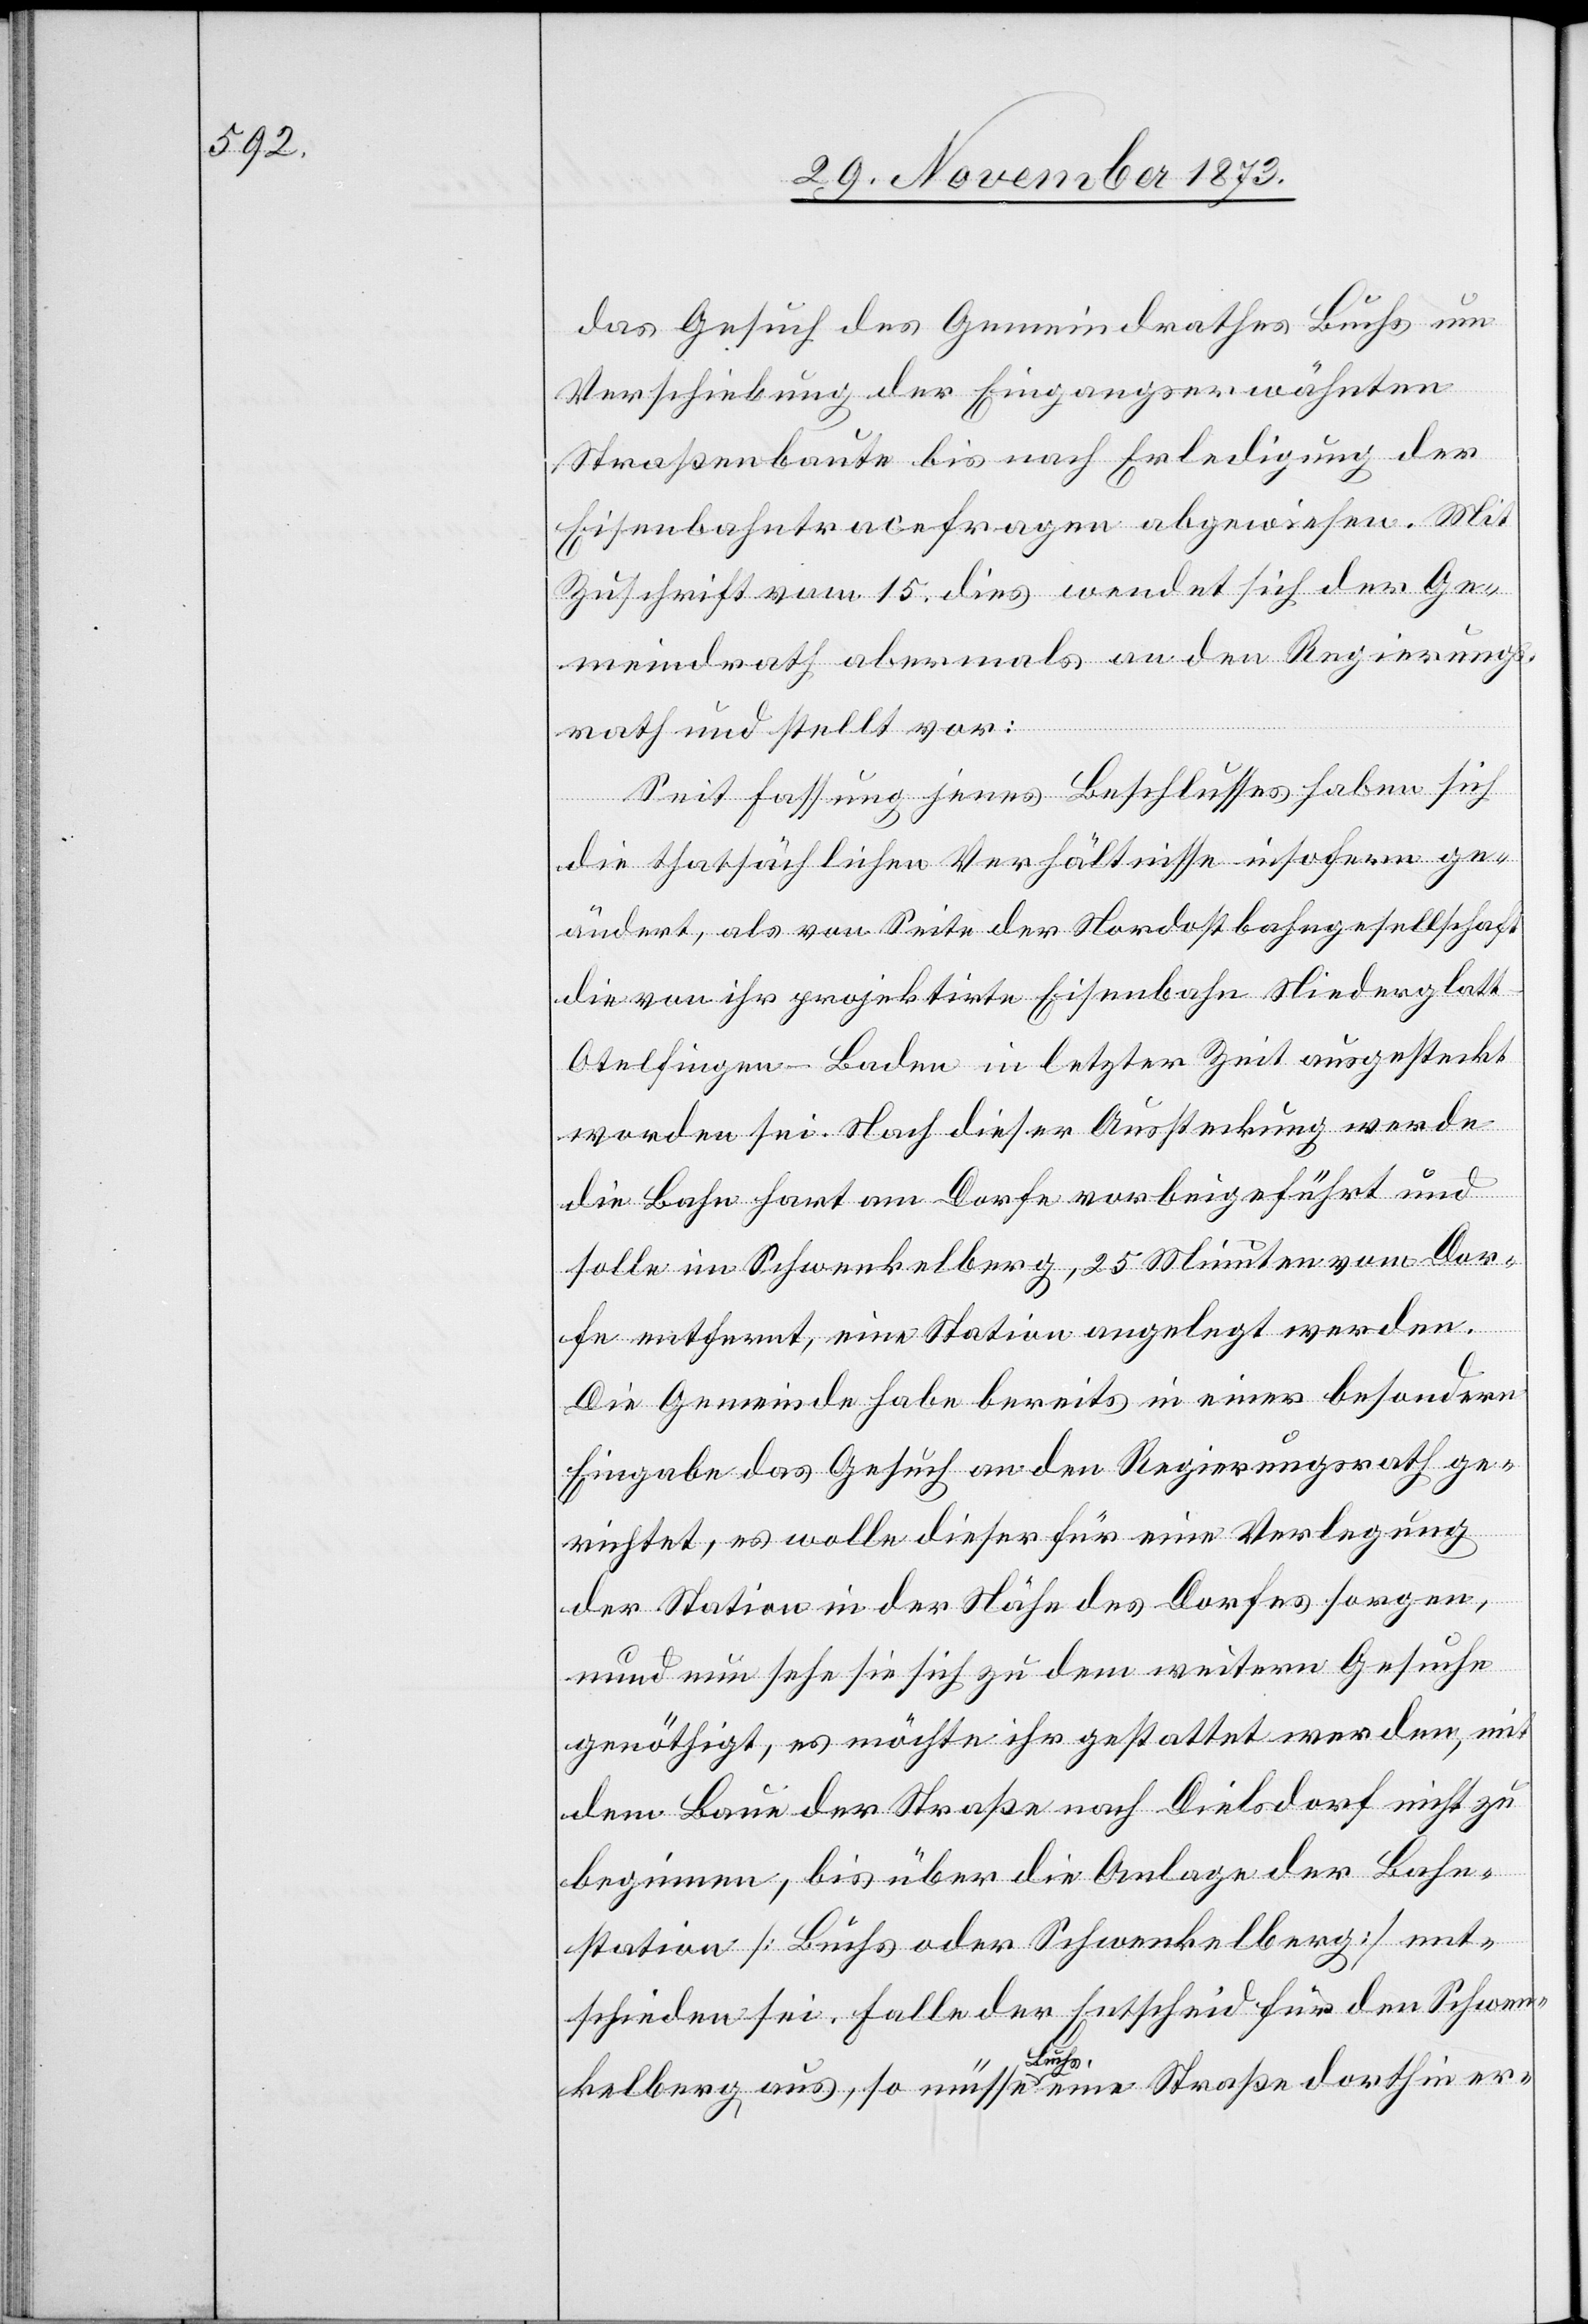
das Gesuch des Gemeindrathes Buchs um
Verschiebung der Eingangserwähnten
Straßenbaute bis nach Erledigung der
Eisenbahntracefragen abgewiesen. Mit
Zuschrift vom 15. dies wendet sich der Ge¬
meindrath abermals an den Regierungs¬
rath und stellt vor:
Seit Fassung jenes Beschlusses haben sich
die thatsächlichen Verhältnisse insofern ge¬
ändert, als von Seite der Nordostbahngesellschaft
die von ihr projektirte Eisenbahn Niederglat¬
t–Otelfingen–Baden in letzter Zeit ausgesteckt
worden sei. Nach dieser Aussteckung werde
die Bahn hart am Dorfe vorbeigeführt und
solle im Schwenkelberg, 25 Minuten vom Dor¬
[recte:
fe entfernt, eine Station angelegt werden.
Die Gemeinde habe bereits in einer besondern
Eingabe das Gesuch an den Regierungsrath ge¬
richtet, es wolle dieser für eine Verlegung
der Station in der Nähe des Dorfes sorgen,
und] nun sehe sie sich zu dem weitern Gesuche
genöthigt, es möchte ihr gestattet werden, mit
dem Baue der Straße nach Dielsdorf nicht zu
beginnen, bis über die Anlage der Bahn¬
station [Buchs oder Schwenkelberg] ent¬
schieden sei. Falle der Entscheid für den Schwen¬
nund
kelberg aus, so müsse Buchs eine Straße dorthin er-